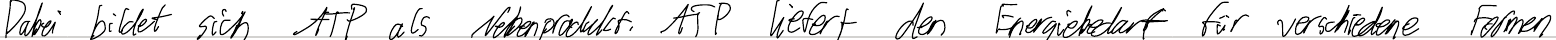
Dabei bildet sich ATP als Nebenprodukt. ATP liefert den Energiebedarf für verschiedene Formen